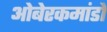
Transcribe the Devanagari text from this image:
ओबेरकमांडो